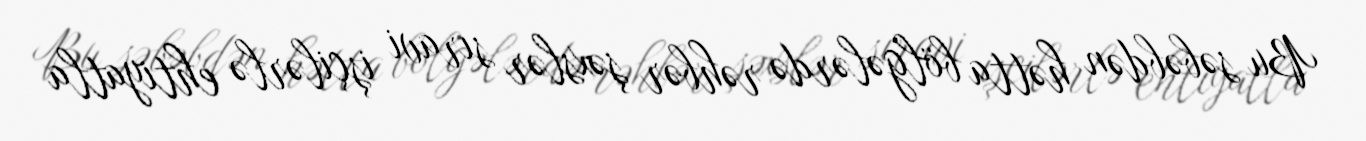
Bu səbəbdən hətta bölgələrdə rəhbər şəxslər sıravi işçilərlə ehtiyatla